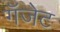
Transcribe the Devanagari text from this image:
गॅजेट